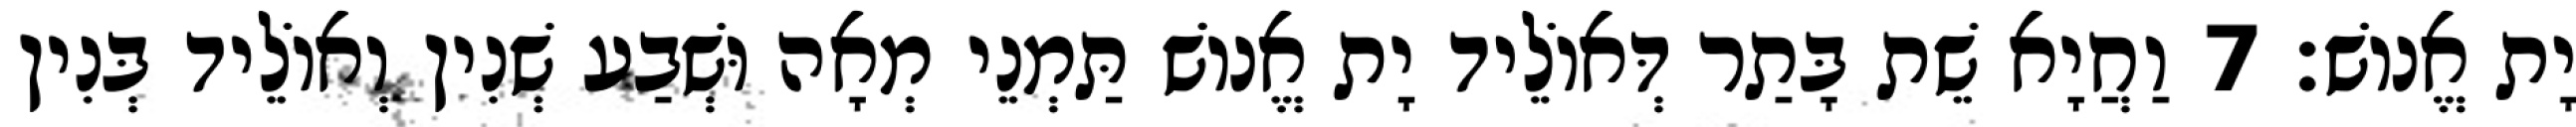
יָת אֱנוֹשׁ׃ 7 וַחֲיָא שֵׁת בָּתַר דְּאוֹלֵיד יָת אֱנוֹשׁ תַּמְנֵי מְאָה וּשְׁבַע שְׁנִין וְאוֹלֵיד בְּנִין